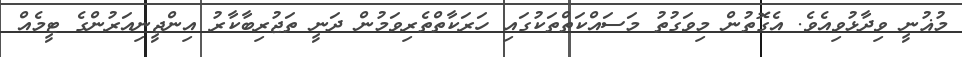
މުޣުނީ ވިދާޅުވިއެވެ. އެގޮތުން މިވަގުތު މަސައްކަތްތަކުގައި ހަރަކާތްތެރިވަމުން ދަނީ ތަޖުރިބާކާރު އިންޖީނިއަރުންގެ ޓީމެއް